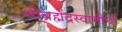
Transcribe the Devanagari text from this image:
श्रीब्रह्मेंद्रस्वामींची